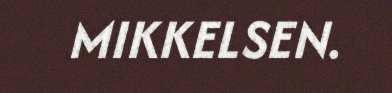
MIKKELSEN.